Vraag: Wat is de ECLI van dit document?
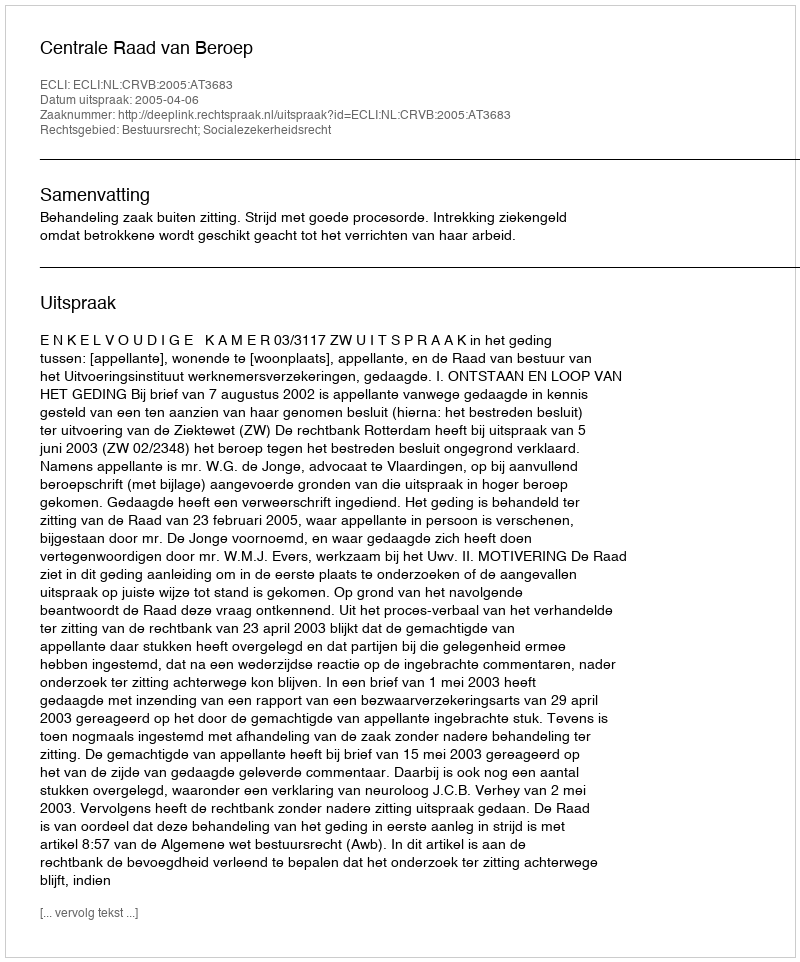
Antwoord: ECLI:NL:CRVB:2005:AT3683